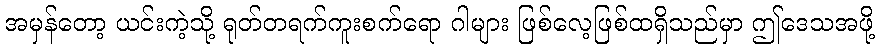
အမှန်တော့ ယင်းကဲ့သို့ ရုတ်တရက်ကူးစက်ရော ဂါများ ဖြစ်လေ့ဖြစ်ထရှိသည်မှာ ဤဒေသအဖို့